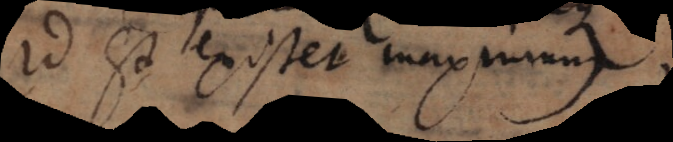
Id est existet maximu